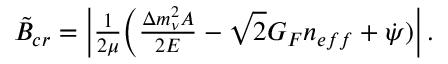
\begin{array} { c } { { \tilde { B } _ { c r } = \left| { \frac { 1 } { 2 \mu } } \Big ( { \frac { \Delta m _ { \nu } ^ { 2 } A } { 2 E } } - \sqrt { 2 } G _ { F } n _ { e f f } + { \dot { \psi } } ) \right| . } } \end{array}